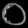
Digit: ၀